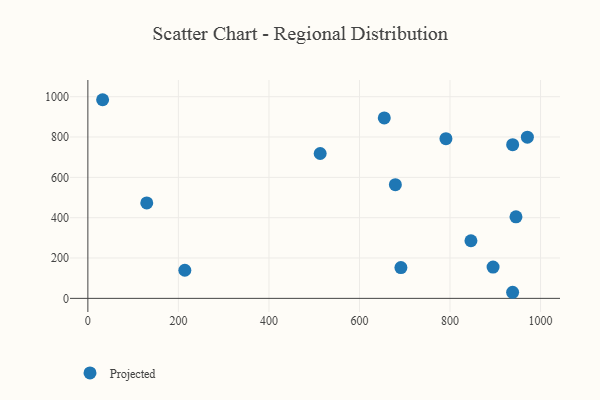
{"axis": {"x": "Ad Spend", "y": "Salary"}, "legend": ["Projected"], "data": [{"x": "895.1", "y": 155.3, "type": "Projected"}, {"x": "214.2", "y": 139.5, "type": "Projected"}, {"x": "130.1", "y": 473.5, "type": "Projected"}, {"x": "791.0", "y": 791.9, "type": "Projected"}, {"x": "654.8", "y": 894.6, "type": "Projected"}, {"x": "679.3", "y": 564.0, "type": "Projected"}, {"x": "945.7", "y": 404.2, "type": "Projected"}, {"x": "513.2", "y": 718.4, "type": "Projected"}, {"x": "691.5", "y": 152.9, "type": "Projected"}, {"x": "846.2", "y": 285.7, "type": "Projected"}, {"x": "970.9", "y": 799.2, "type": "Projected"}, {"x": "938.4", "y": 762.0, "type": "Projected"}, {"x": "938.3", "y": 30.2, "type": "Projected"}, {"x": "32.6", "y": 985.0, "type": "Projected"}]}